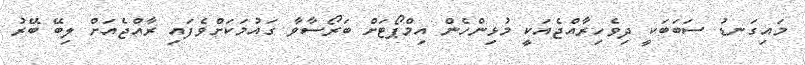
މައިގަނޑު ސަބަބަކީ ދިވެހިރާއްޖެއަކީ މުޅިންހެން އިމްޕޯޓަށް ބަރޯސާވާ ގައުމަކަށްވެފައި ރާއްޖެއަށް ލިބޭ ބޭރު